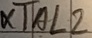
Text: XTAL2